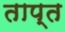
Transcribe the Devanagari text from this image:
ताप्त